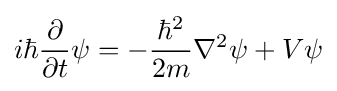
i\hbar {\frac {\partial }{\partial t}}\psi =-{\frac {\hbar ^{2}}{2m}}\nabla ^{2}\psi +V\psi